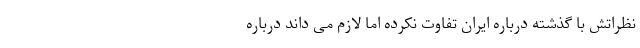
نظراتش با گذشته درباره ایران تفاوت نکرده اما لازم می داند درباره